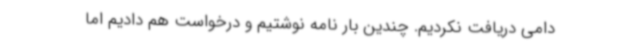
دامی دریافت نکردیم. چندین بار نامه نوشتیم و درخواست هم دادیم اما